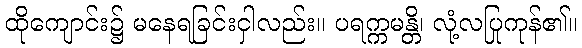
ထိုကျောင်း၌ မနေရခြင်းငှါလည်း။ ပရက္ကမန္တိ၊ လုံ့လပြုကုန်၏။